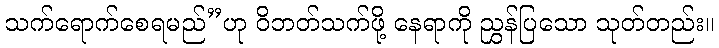
သက်ရောက်စေရမည်”ဟု ဝိဘတ်သက်ဖို့ နေရာကို ညွှန်ပြသော သုတ်တည်း။